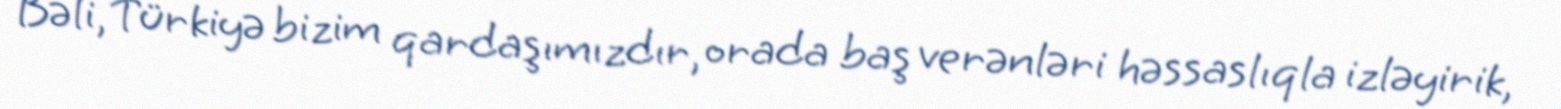
Bəli, Türkiyə bizim qardaşımızdır, orada baş verənləri həssaslıqla izləyirik,